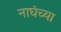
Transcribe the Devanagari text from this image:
नाघंच्या